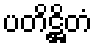
ပတိဋ္ဌိတံ